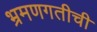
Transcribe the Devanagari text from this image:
भ्रमणगतीची